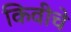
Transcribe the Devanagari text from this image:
किवीचे